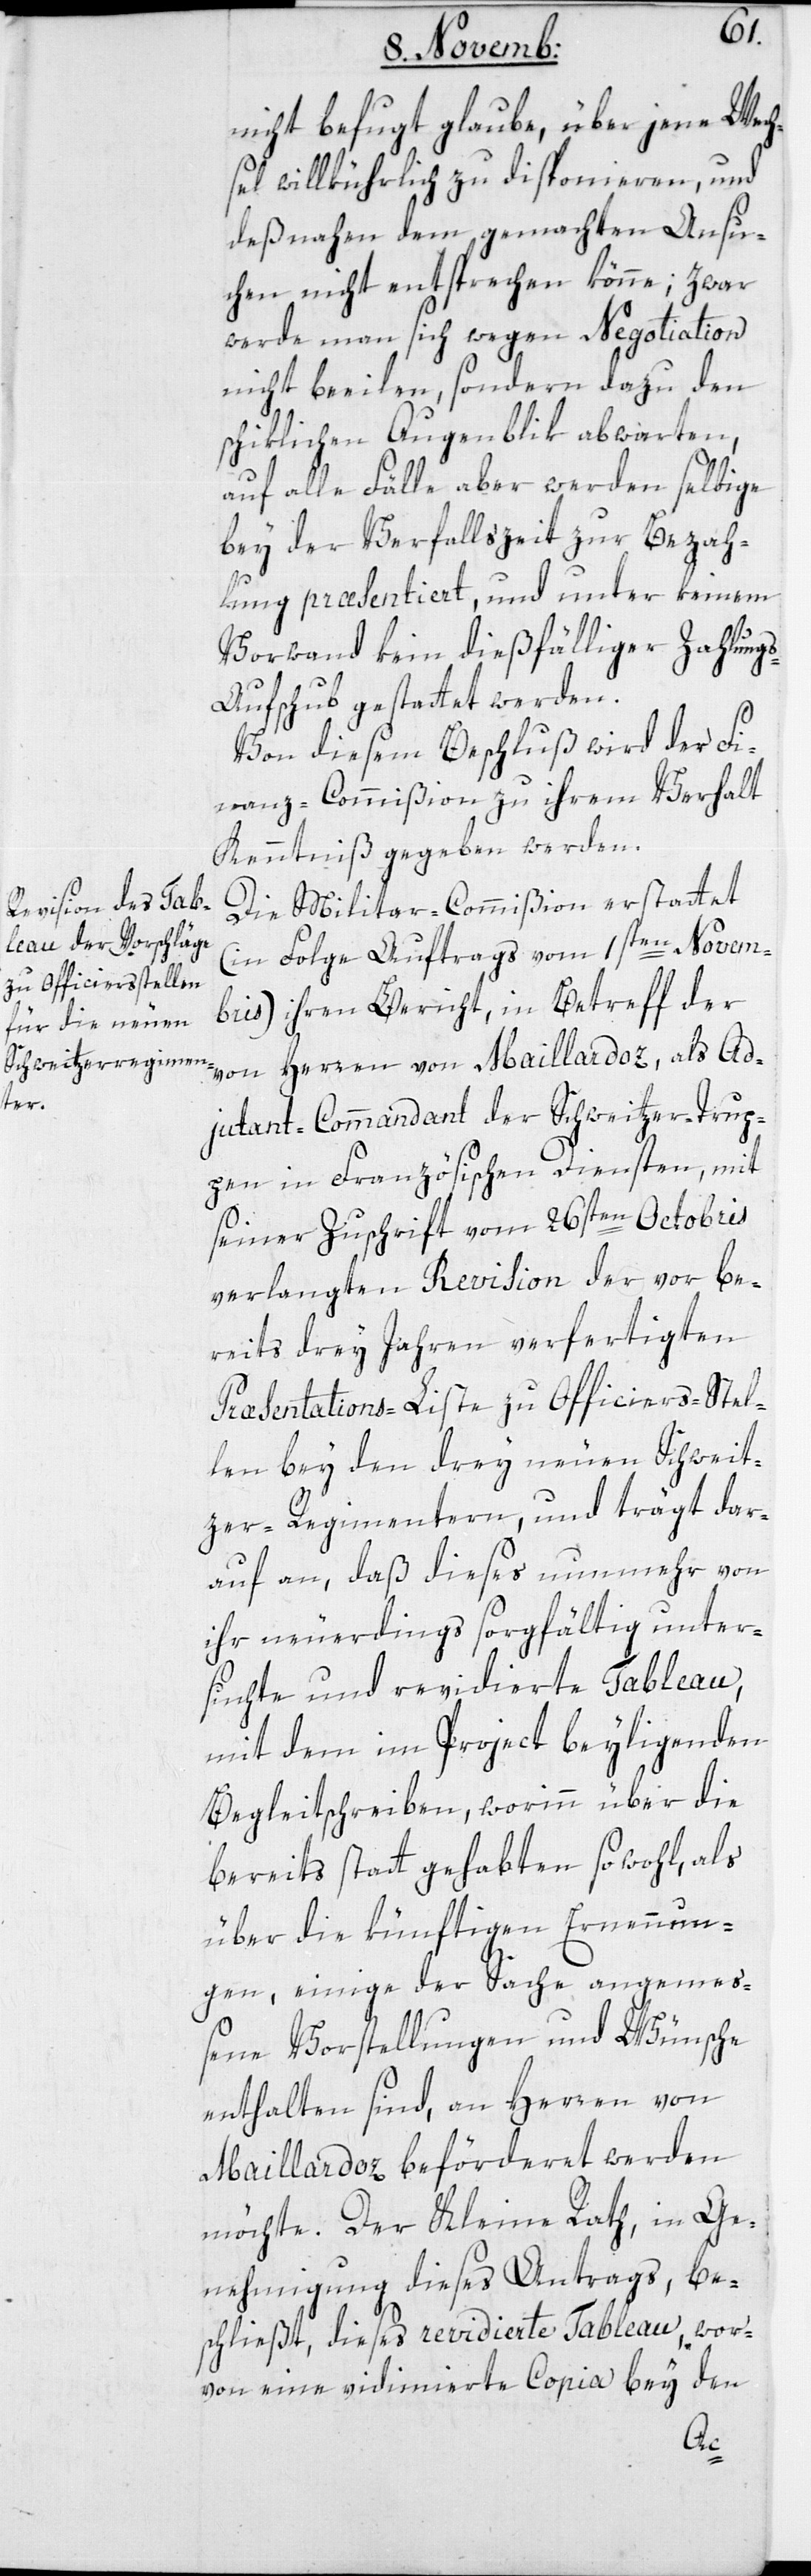
nicht befugt glaube, über jene Wech¬
sel willkürlich zu disponieren, und
deßnahen dem gemachten Ansu¬
chen nicht entsprechen könne; zwar
werde man sich wegen Negotiation
nicht beeilen, sondern dazu den
schiklichen Augenblik abwarten,
auf alle Fälle aber werden selbige
bey der Verfallszeit zur Bezah¬
lung præsentiert, und unter keinem
Vorwand kein dießfälliger Zahlungs¬
aufschub gestattet werden.
Von diesem Beschluß wird der Fi¬
nanz-Commißion zu ihrem Verhalt
Kenntniß gegeben werden.
Die Militar-Commißion erstattet
(in Folge Auftrags vom 1sten Novem¬
bris) ihren Bericht, in Betreff der
von Herren von Maillardoz, als Ad¬
judant-Commandant der Schweitzer-Trup¬
pen in Französischen Diensten, mit
seiner Zuschrift vom 26sten Octobris
verlangten Revision der vor be¬
reits drey Jahren verfertigten
Præsentations-Liste zu Officiers-Stel¬
len bey den drey neuen Schweit¬
zer-Regimentern, und trägt dar¬
auf an, daß dieses nunmehr von
ihr neuerdings sorgfältig unter¬
suchte und revidierte Tableau,
mit dem im Project beyliegenden
Begleitschreiben, worinn über die
bereits stattgehabten sowohl, als
über die künftigen Ernennun¬
gen, einige der Sache angemeß¬
ene Vorstellungen und Wünsche
enthalten sind, an Herren von
Maillardoz beförderet werden
möchte. Der Kleine Rath, in Ge¬
nehmigung dieses Antrags, be¬
schließt, dieses revidierte Tableau, wor¬
von eine vidimierte Copia bey den